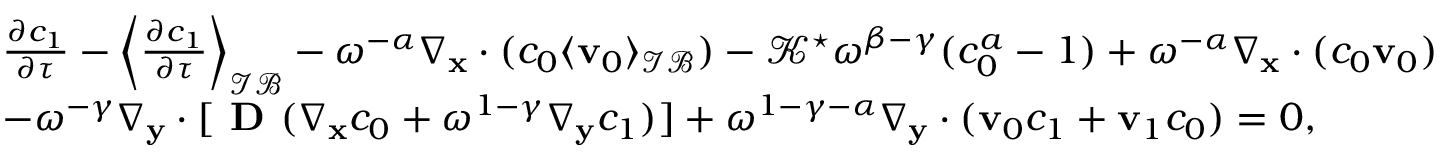
\begin{array} { r l } & { \frac { \partial c _ { 1 } } { \partial \tau } - \left\langle \frac { \partial c _ { 1 } } { \partial \tau } \right\rangle _ { \mathcal { I B } } - \omega ^ { - \alpha } \nabla _ { \mathbf x } \cdot ( c _ { 0 } \langle \mathbf v _ { 0 } \rangle _ { \mathcal { I B } } ) - \mathcal { K } ^ { \star } \omega ^ { \beta - \gamma } ( c _ { 0 } ^ { a } - 1 ) + \omega ^ { - \alpha } \nabla _ { \mathbf x } \cdot ( c _ { 0 } \mathbf v _ { 0 } ) } \\ & { - \omega ^ { - \gamma } \nabla _ { \mathbf y } \cdot [ \textbf { D } ( \nabla _ { \mathbf x } c _ { 0 } + \omega ^ { 1 - \gamma } \nabla _ { \mathbf y } c _ { 1 } ) ] + \omega ^ { 1 - \gamma - \alpha } \nabla _ { \mathbf y } \cdot ( \mathbf v _ { 0 } c _ { 1 } + \mathbf v _ { 1 } c _ { 0 } ) = 0 , } \end{array}